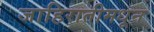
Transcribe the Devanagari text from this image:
जाहिरातीमधून